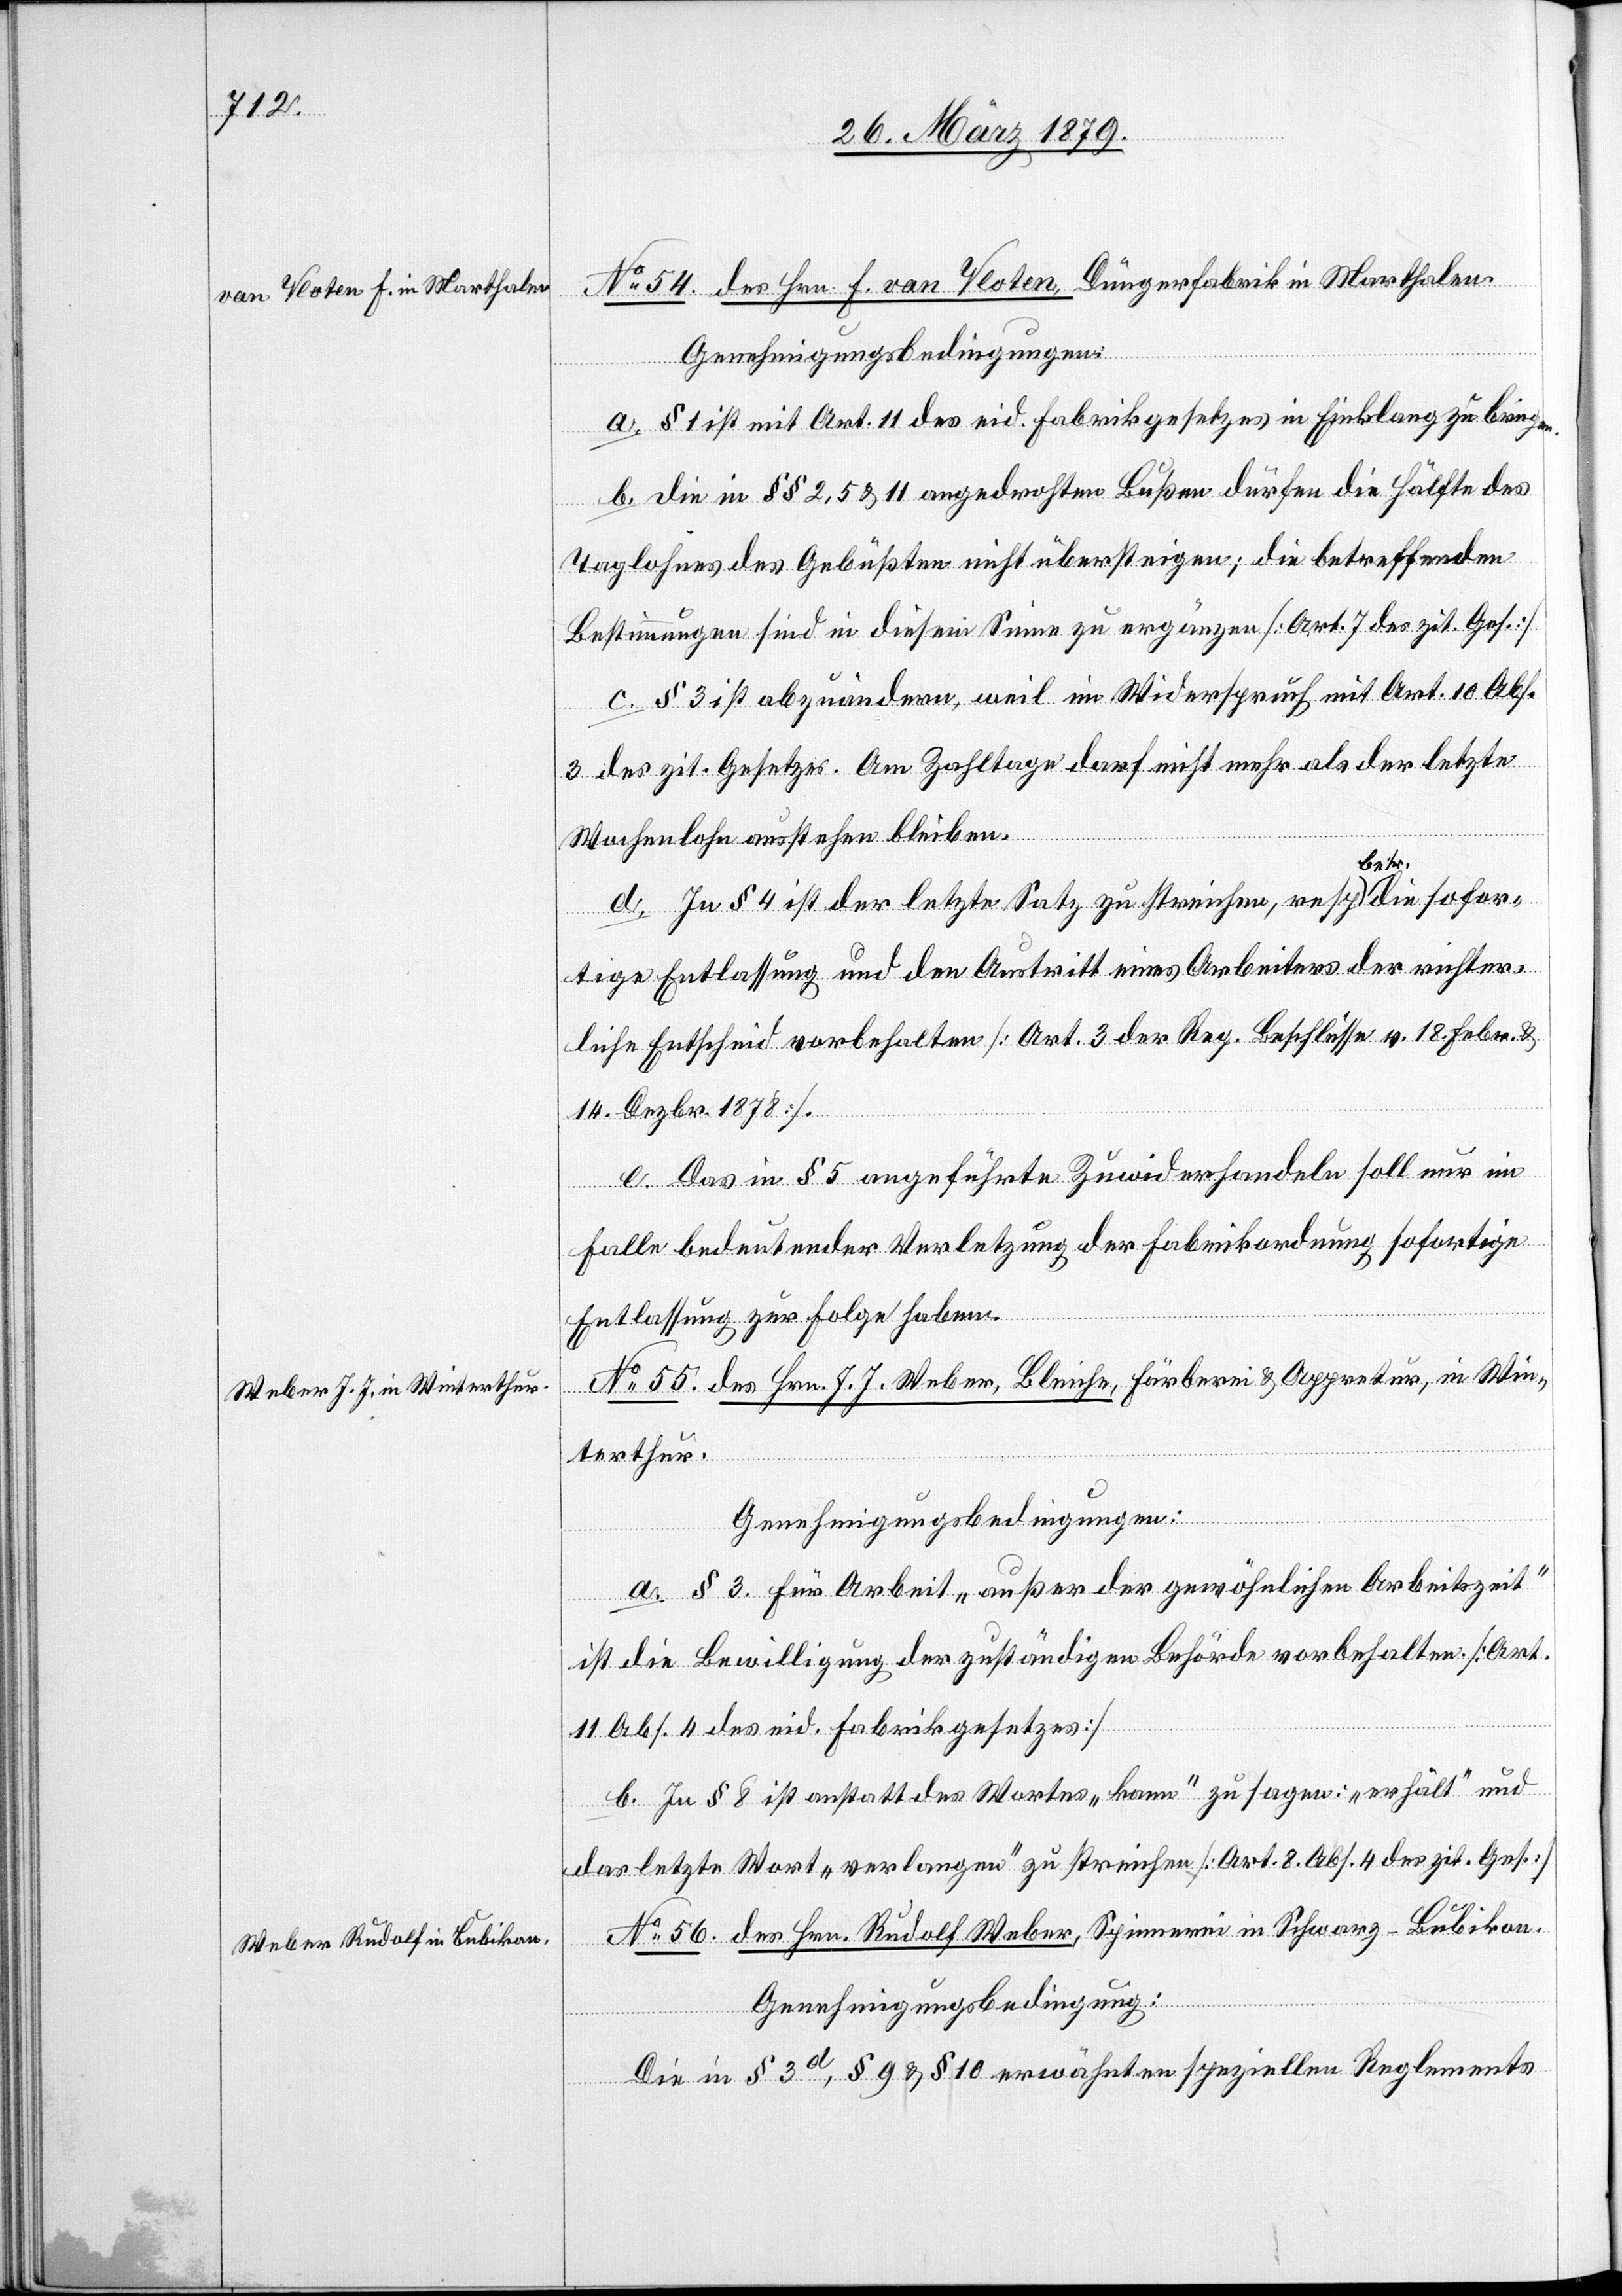
en.

No 54. des Hrn. F. van Vloten, Düngerfabrik in Marthalen.
Genehmigungsbedingungen:
a. § 1 ist mit Art. 11 des eid. Fabrikgesetzes in Einklang zu bring¬
b. Die in §§ 2, 5 & 11 angedrohten Bußen dürfen die Hälfte des
Taglohnes des Gebüßten nicht übersteigen; die betreffenden
Bestimmungen sind in diesem Sinne zu ergänzen [Art. 7 des zit. Ges.]
c. § 3 ist abzuändern, weil im Widerspruch mit Art. 10 Abs.
3 des zit. Gesetzes. Am Zahltage darf nicht mehr als der letzte
Wochenlohn ausstehen bleiben.
d. In § 4 ist der letzte Satz zu streichen, resp. betr. die sofor¬
tige Entlassung und den Austritt eines Arbeiters der richter¬
liche Entscheid vorbehalten [Art. 3 der Reg. Beschlüsse v. 18. Febr. &
14. Dezbr. 1878].
e. Das in § 5 angeführte Zuwiderhandeln soll nur im
Falle bedeutender Verletzung der Fabrikordnung sofortige
Entlassung zur Folge haben.
No 55. des Hrn. J. J. Weber, Bleiche, Färberei & Appretur, in Win¬
terthur.
Genehmigungsbedingungen:
a. § 3. Für Arbeit „außer der gewöhnlichen Arbeitszeit“
ist die Bewilligung der zuständigen Behörde vorbehalten. [Art.
11 Abs. 4 des eid. Fabrikgesetzes]
b. In § 8 ist anstatt des Wortes „kann“ zu sagen: „erhält“ und
das letzte Wort „verlangen“ zu streichen. [Art. 8. Abs. 4 des zit. Ges.]
No 56. des Hrn. Rudolf Weber, Spinnerei in Schwarz - Bubikon.
Genehmigungsbedingung:
Die in § 3d, § 9 und § 10 erwähnten speziellen Reglements